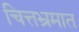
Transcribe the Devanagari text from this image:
चित्तभ्रमात